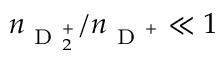
n _ { \mathrm { ~ D ~ } _ { 2 } ^ { + } } / n _ { \mathrm { ~ D ~ } ^ { + } } \ll 1